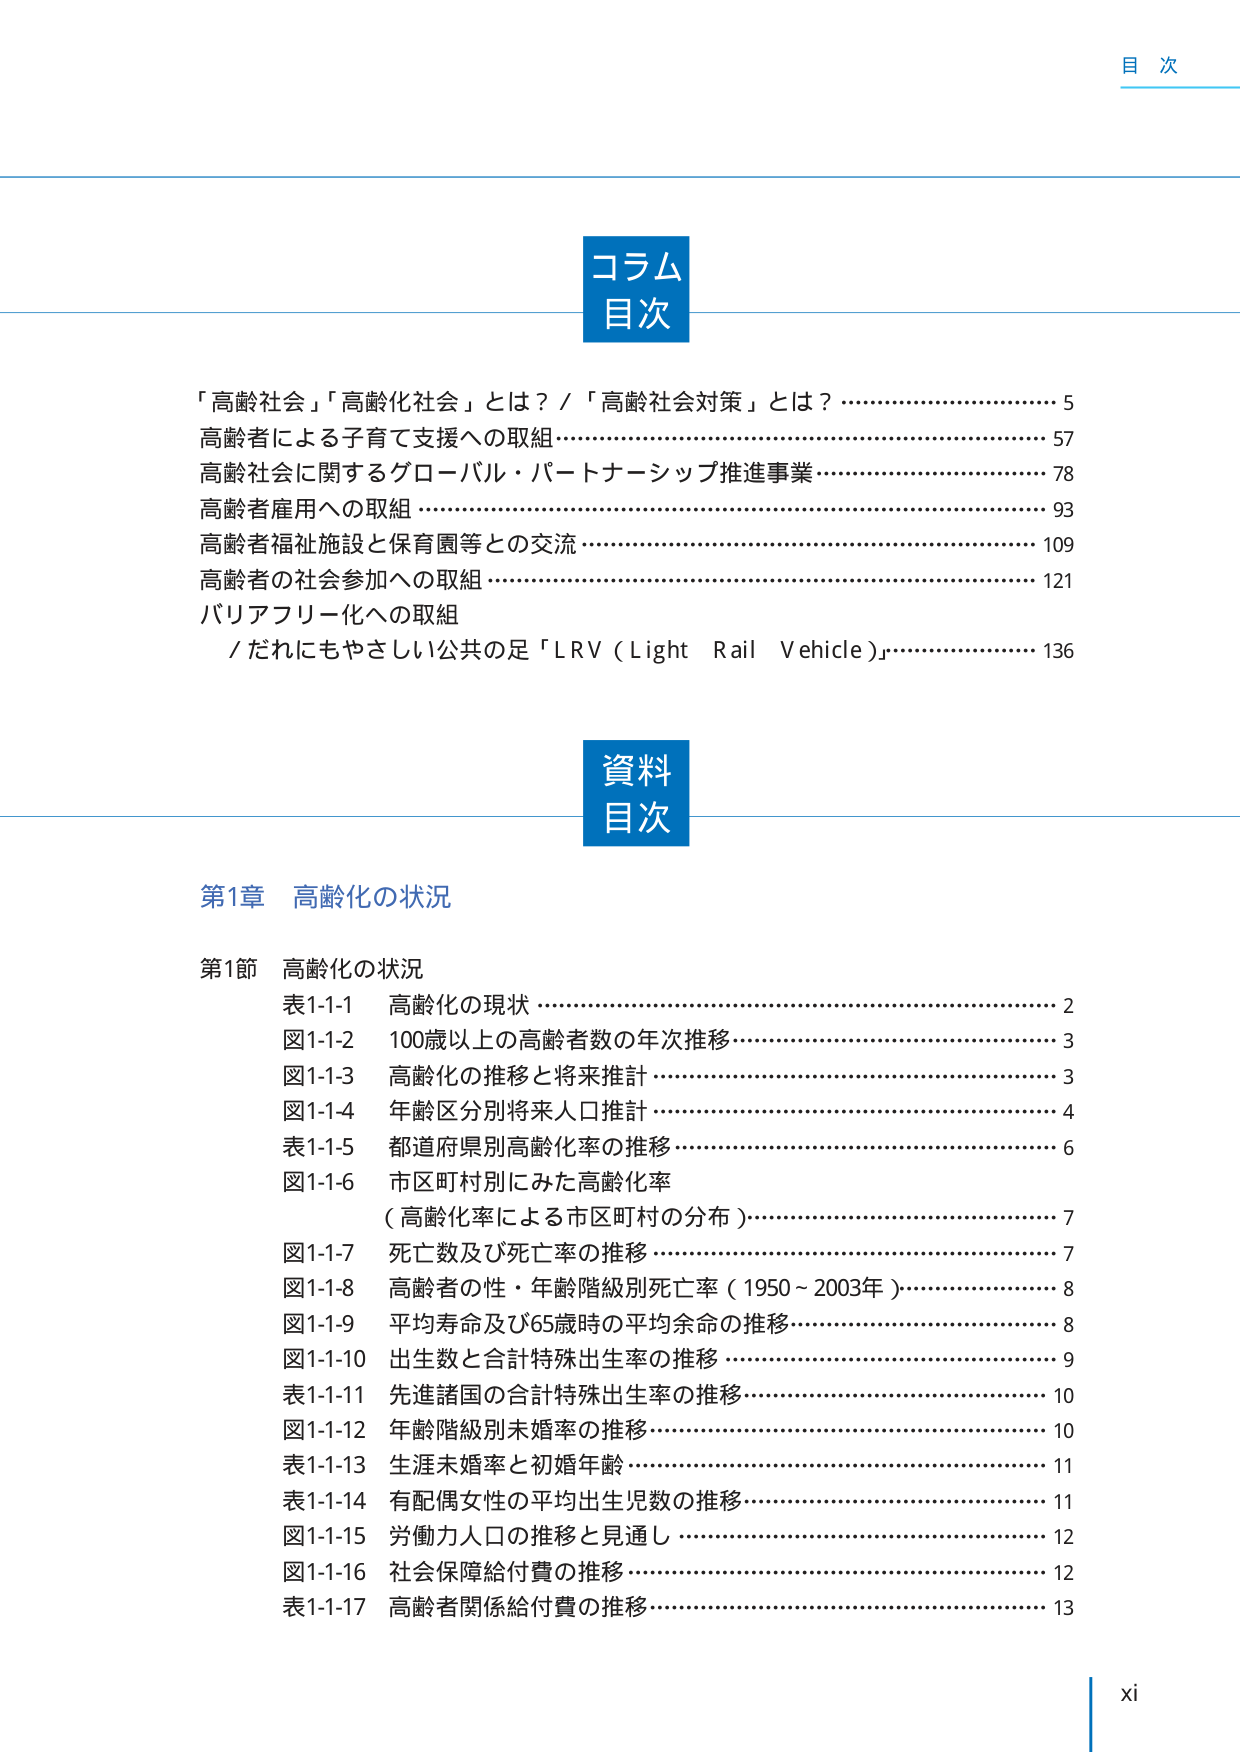
目 次

コラム
目次

「高齢社会」「高齢化社会」とは？／「高齢社会対策」とは？ ……………………………… 5
高齢者による子育て支援への取組 ……………………………………………………………… 57
高齢社会に関するグローバル・パートナーシップ推進事業 ………………………………… 78
高齢者雇用への取組 …………………………………………………………………………… 93
高齢者福祉施設と保育園等との交流 ………………………………………………………… 109
高齢者の社会参加への取組 ………………………………………………………………… 121
バリアフリー化への取組
／だれにもやさしい公共の足「LRV（Light Rail Vehicle）」 …………………………… 136

資料
目次

第1章 高齢化の状況

第1節 高齢化の状況
表1-1-1 高齢化の現状 ………………………………………………………………………… 2
図1-1-2 100歳以上の高齢者数の年次推移 ………………………………………………… 3
図1-1-3 高齢化の推移と将来推計 …………………………………………………………… 3
図1-1-4 年齢区分別将来人口推計 …………………………………………………………… 4
表1-1-5 都道府県別高齢化率の推移 ………………………………………………………… 6
図1-1-6 市区町村別にみた高齢化率
（高齢化率による市区町村の分布） ………………………………………………………… 7
図1-1-7 死亡数及び死亡率の推移 …………………………………………………………… 7
図1-1-8 高齢者の性・年齢階級別死亡率（1950～2003年） ……………………………… 8
図1-1-9 平均寿命及び65歳時の平均余命の推移 …………………………………………… 8
図1-1-10 出生数と合計特殊出生率の推移 ………………………………………………… 9
表1-1-11 先進諸国の合計特殊出生率の推移 ……………………………………………… 10
図1-1-12 年齢階級別未婚率の推移 ………………………………………………………… 10
表1-1-13 生涯未婚率と初婚年齢 …………………………………………………………… 11
表1-1-14 有配偶女性の平均出生児数の推移 ……………………………………………… 11
図1-1-15 労働力人口の推移と見通し ……………………………………………………… 12
図1-1-16 社会保障給付費の推移 …………………………………………………………… 12
表1-1-17 高齢者関係給付費の推移 ………………………………………………………… 13

xi